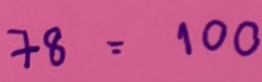
78 = 100